Vaccination report Assam 1874-1896 - 1874-1896
Year: 1874
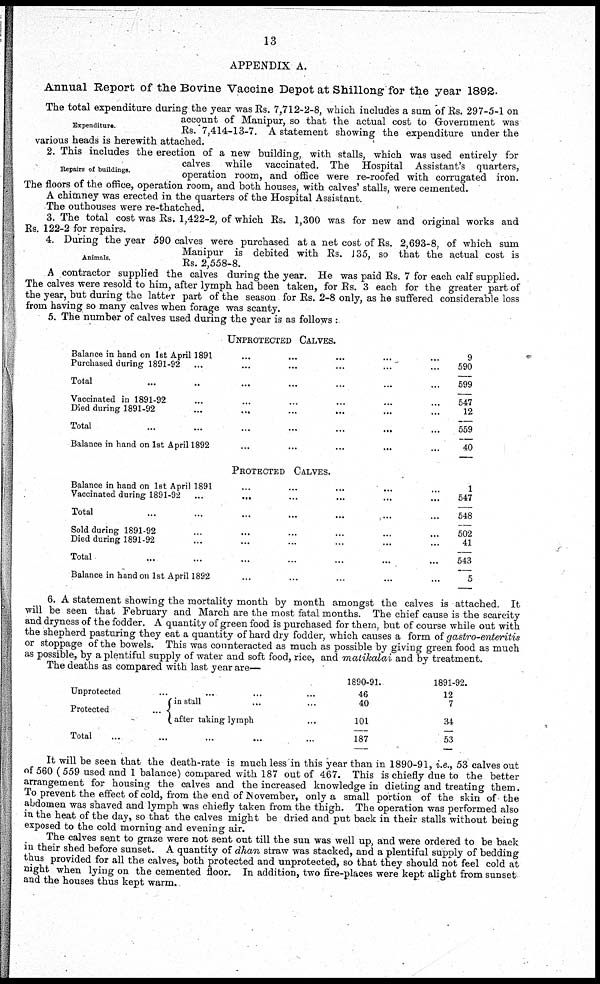
13
APPENDIX A.
Annual Report of the Bovine Vaccine Depot at Shillong for the year 1892.
Expenditure.
The total expenditure during the year was Rs. 7,712-2-8, which includes a sum of Rs. 297-5-1 on
account of Manipur, so that the actual cost to Government was
Rs.7,414-13-7. A statement showing the expenditure under the
various heads is herewith attached.
Repairs of buildings.
2. This includes the erection of a new building, with stalls, which was used entirely for
calves while vaccinated. The Hospital Assistant's quarters,
operation room, and office were re-roofed with corrugated iron.
The floors of the office, operation room, and both houses, with calves' stalls, were cemented.
A chimney was erected in the quarters of the Hospital Assistant.
The outhouses were re-thatched.
3. The total cost was Rs. 1,422-2, of which Rs. 1,300 was for new and original works and
Rs. 122-2 for repairs.
Animals.
4. During the year 590 calves were purchased at a net cost of Rs. 2,693-8, of which sum
Manipur is debited with Rs. 135, so that the actual cost is
Rs. 2,558-8.
A contractor supplied the calves during the year. He was paid Rs. 7 for each calf supplied.
The calves were resold to him, after lymph had been taken, for Rs. 3 each for the greater part of
the year, but during the latter part of the season for Rs. 2-8 only, as he suffered considerable loss
from having so many calves when forage was scanty.
5. The number of calves used during the year is as follows :
UNPROTECTED CALVES.
Balance in hand on 1st April 1891 ... ... ... ... ...
Purchased during 1891-92 ... ... ... ... ... ...
Total ... ... ... ... ... ... ...
Vaccinated in 1891-92 ... ... ... ... ... ...
Died during 1891-92 ... ... ... ... ... ...
Total ... ... ... ... ... ... ...
Balance in hand on 1st April 1892 ... ... ... ... ...
PROTECTED CALVES.
Balance in hand on 1st April 1891 ... ... ... ... ...
Vaccinated during 1891-92 ... ... ... ... ...
Total ... ... ... ... ... ... ...
Sold during 1891-92 ... ... ... ... ... ...
Died during 1891-92 ... ... ... ... ... ...
Total ... ... ... ... ... ... ...
Balance in hand on 1st April 1892 ... ... ... ... ... ...
9
590
599
547
12
559
40
1
547
548
502
41
543
5
6. A statement showing the mortality month by month amongst the calves is attached. It
will be seen that February and March are the most fatal months. The chief cause is the scarcity
and dryness of the fodder. A quantity of green food is purchased for them, but of course while out with
the shepherd pasturing they eat a quantity of hard dry fodder, which causes a form of gastro-enteritis
or stoppage of the bowels. This was counteracted as much as possible by giving green food as much
as possible, by a plentiful supply of water and soft food, rice, and matikalai and by treatment.
The deaths as compared with last year are—
Unprotected ... ... ... ...
Protected
...
install ... ...
after taking lymph ...
Total ... ... ... ... ...
1890-91.
46
40
101
187
1891-92.
12
7
34
53
It will be seen that the death-rate is much less in this year than in 1890-91, i.e., 53 calves out
of 560 (559 used and 1 balance) compared with 187 out of 467. This is chiefly due to the better
arrangement for housing the calves and the increased knowledge in dieting and treating them.
To prevent the effect of cold, from the end of November, only a small portion of the skin of the
abdomen was shaved and lymph was chiefly taken from the thigh. The operation was performed also
in the heat of the day, so that the calves might be dried and put back in their stalls without being
exposed to the cold morning and evening air.
The calves sent to graze were not sent out till the sun was well up, and were ordered to be back
in their shed before sunset. A quantity of dhan straw was stacked, and a plentiful supply of bedding
thus provided for all the calves, both protected and unprotected, so that they should not feel cold at
night when lying on the cemented floor. In addition, two fire-places were kept alight from sunset
and the houses thus kept warm.